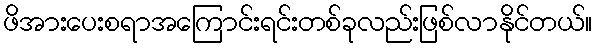
ဖိအားပေးစရာအကြောင်းရင်းတစ်ခုလည်းဖြစ်လာနိုင်တယ်။